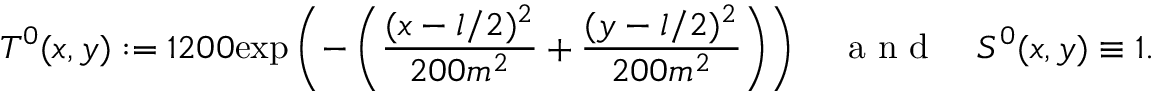
T ^ { 0 } ( x , y ) : = 1 2 0 0 \mathrm { e x p } \left( - \left( \frac { ( x - l / 2 ) ^ { 2 } } { 2 0 0 m ^ { 2 } } + \frac { ( y - l / 2 ) ^ { 2 } } { 2 0 0 m ^ { 2 } } \right) \right) \quad \mathrm { ~ a ~ n ~ d ~ } \quad S ^ { 0 } ( x , y ) \equiv 1 .